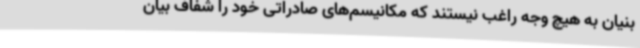
بنیان به هیچ وجه راغب نیستند که مکانیسم‌های صادراتی خود را شفاف بیان